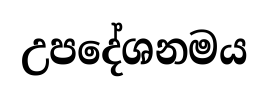
උපදේශනමය